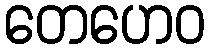
တေဟေဝ